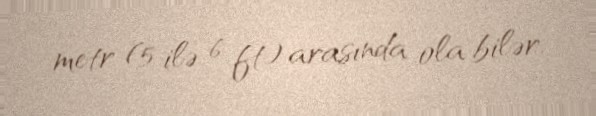
metr (5 ilə 6 ft) arasında ola bilər.